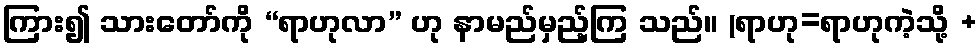
ကြား၍ သားတော်ကို “ရာဟုလာ” ဟု နာမည်မှည့်ကြ သည်။ (ရာဟု=ရာဟုကဲ့သို့ +